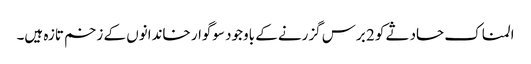
المناک حادثے کو 2 برس گزرنے کے باوجود سوگوار خاندانوں کے زخم تازہ ہیں۔